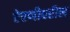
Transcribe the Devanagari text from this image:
ऐरणीवरील